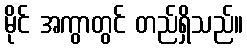
မိုင် အကွာတွင် တည်ရှိသည်။